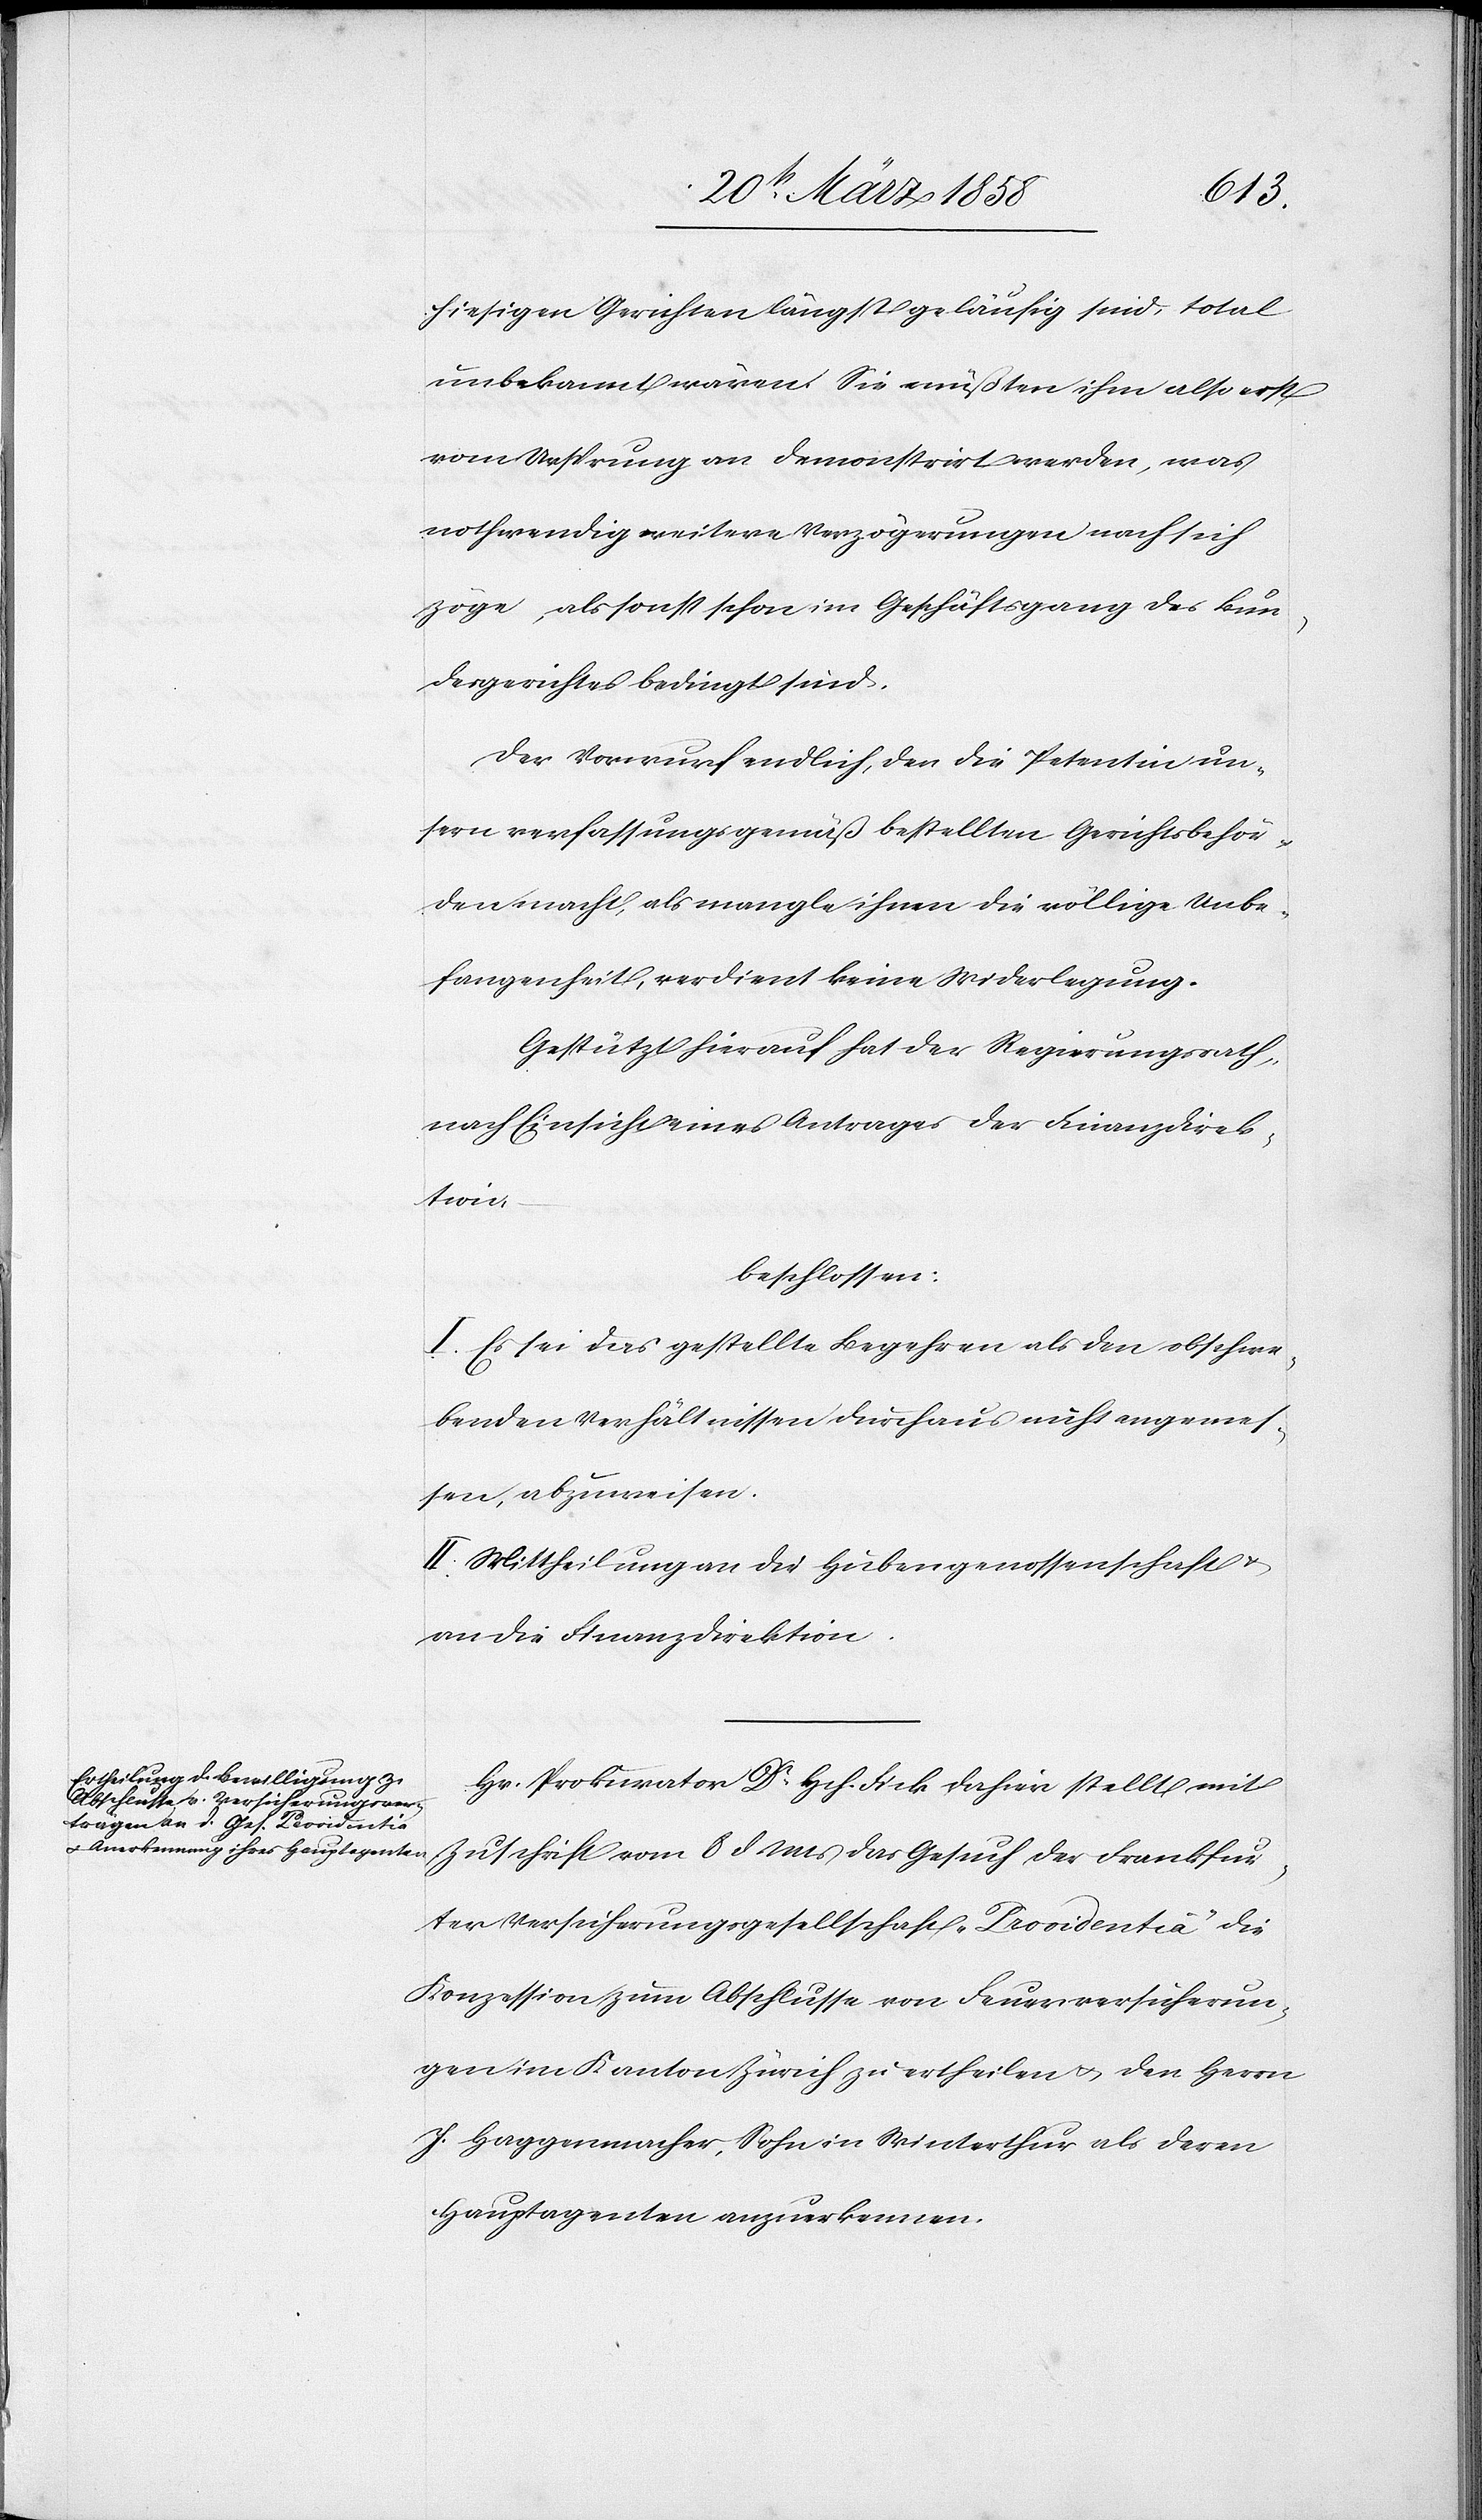
hiesigen Gerichten längst geläufig sind, total
unbekannt wären. Sie müßten ihm also erst
vom Ursprung an demonstrirt werden, was
nothwendig weitere Verzögerungen nach sich
zöge, als sonst schon im Geschäftsgang des Bun¬
desgerichtes bedingt sind.
Der Vorwurf endlich, den die Petentin un¬
sern verfassungsgemäß bestellten Gerichtsbehör¬
den macht, als mangle ihnen die völlige Unbe¬
fangenheit, verdient keine Widerlegung.
Gestützt hierauf hat der Regierungsrath,
nach Einsicht eines Antrages der Finanzdirek¬
tion,
beschlossen:
I. Es sei das gesellte Begehren als den abschwe¬
benden Verhältnissen durchaus nicht angemes¬
sen, abzuweisen.
II. Mittheilung an die Hubengenossenschaft u.
an die Finanzdirektion.
Hr. Prokurator Dr Hch. Fick dahier stellt mit
Zuschrift vom 8. d. Mts. das Gesuch der Frankfur¬
ter Versicherungsgesellschaft „Providentia“ die
Konzession zum Abschlusse von Feuerversicherun¬
gen im Kanton Zürich zu ertheilen u. den Herrn
J. Haggenmacher, Sohn in Winterthur als deren
Hauptagenten anzuerkennen.